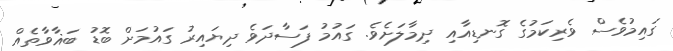
ގައިމުވެސް ވެރިކަމުގެ ގޮނޑިއާއި ދިމާލަށެވެ. ގައުމު ފަސާދަވެ ދިޔައިރު ގައުމަށް ބޮޑު ބަޣާވާތެއް